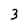
Character: 3